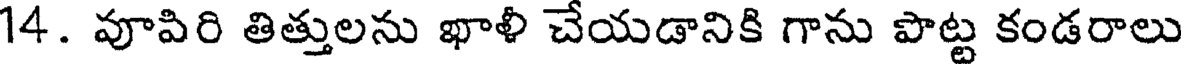
14. వూపిరి తిత్తులను ఖాళీ చేయడానికి గాను పొట్ట కండరాలు